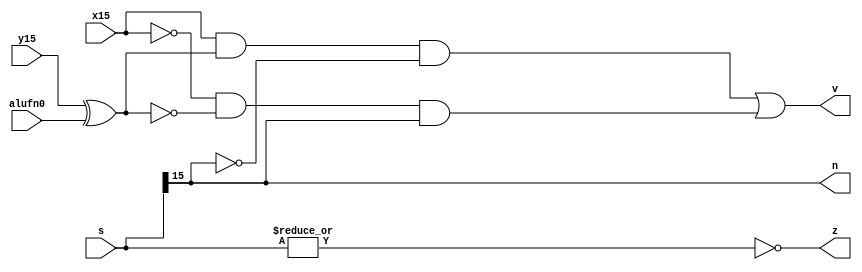
/*
   This file was generated automatically by Alchitry Labs version 1.2.1.
   Do not edit this file directly. Instead edit the original Lucid source.
   This is a temporary file and any changes made to it will be destroyed.
*/

module find_zvn_21 (
    input [15:0] s,
    input x15,
    input y15,
    input alufn0,
    output reg z,
    output reg v,
    output reg n
  );
  
  
  
  always @* begin
    z = (~|s);
    v = (x15 & (y15 ^ alufn0) & !s[15+0-:1]) | (!x15 & !(y15 ^ alufn0) & s[15+0-:1]);
    n = s[15+0-:1];
  end
endmodule